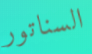
السناتور